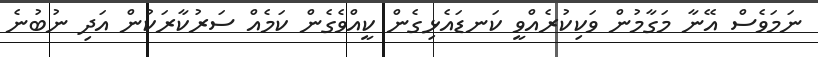
ނަމަވެސް އޭނާ މަގާމުން ވަކިކުރެއްވީ ކަނޑައެޅިގެން ކީއްވެގެން ކަމެއް ސަރުކާރަކުން އަދި ނުބުނެ